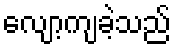
လျော့ကျခဲ့သည်